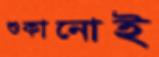
শুকানোই